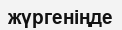
жүргеніңде